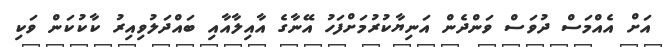
އަށް އެއްމަސް ދުވަސް ވަންދެން އަނިޔާކުރުމަށްފަހު އޭނާގެ އާއިލާއާއި ބައްދަލުވިއިރު ކާކުކަން ވަކި